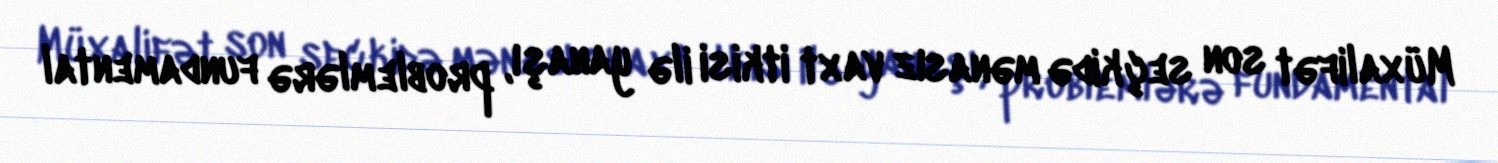
Müxalifət son seçkidə mənasız vaxt itkisi ilə yanaşı, problemlərə fundamental